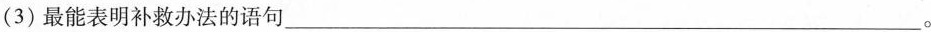
(3)最能表明补救办法的语句___。